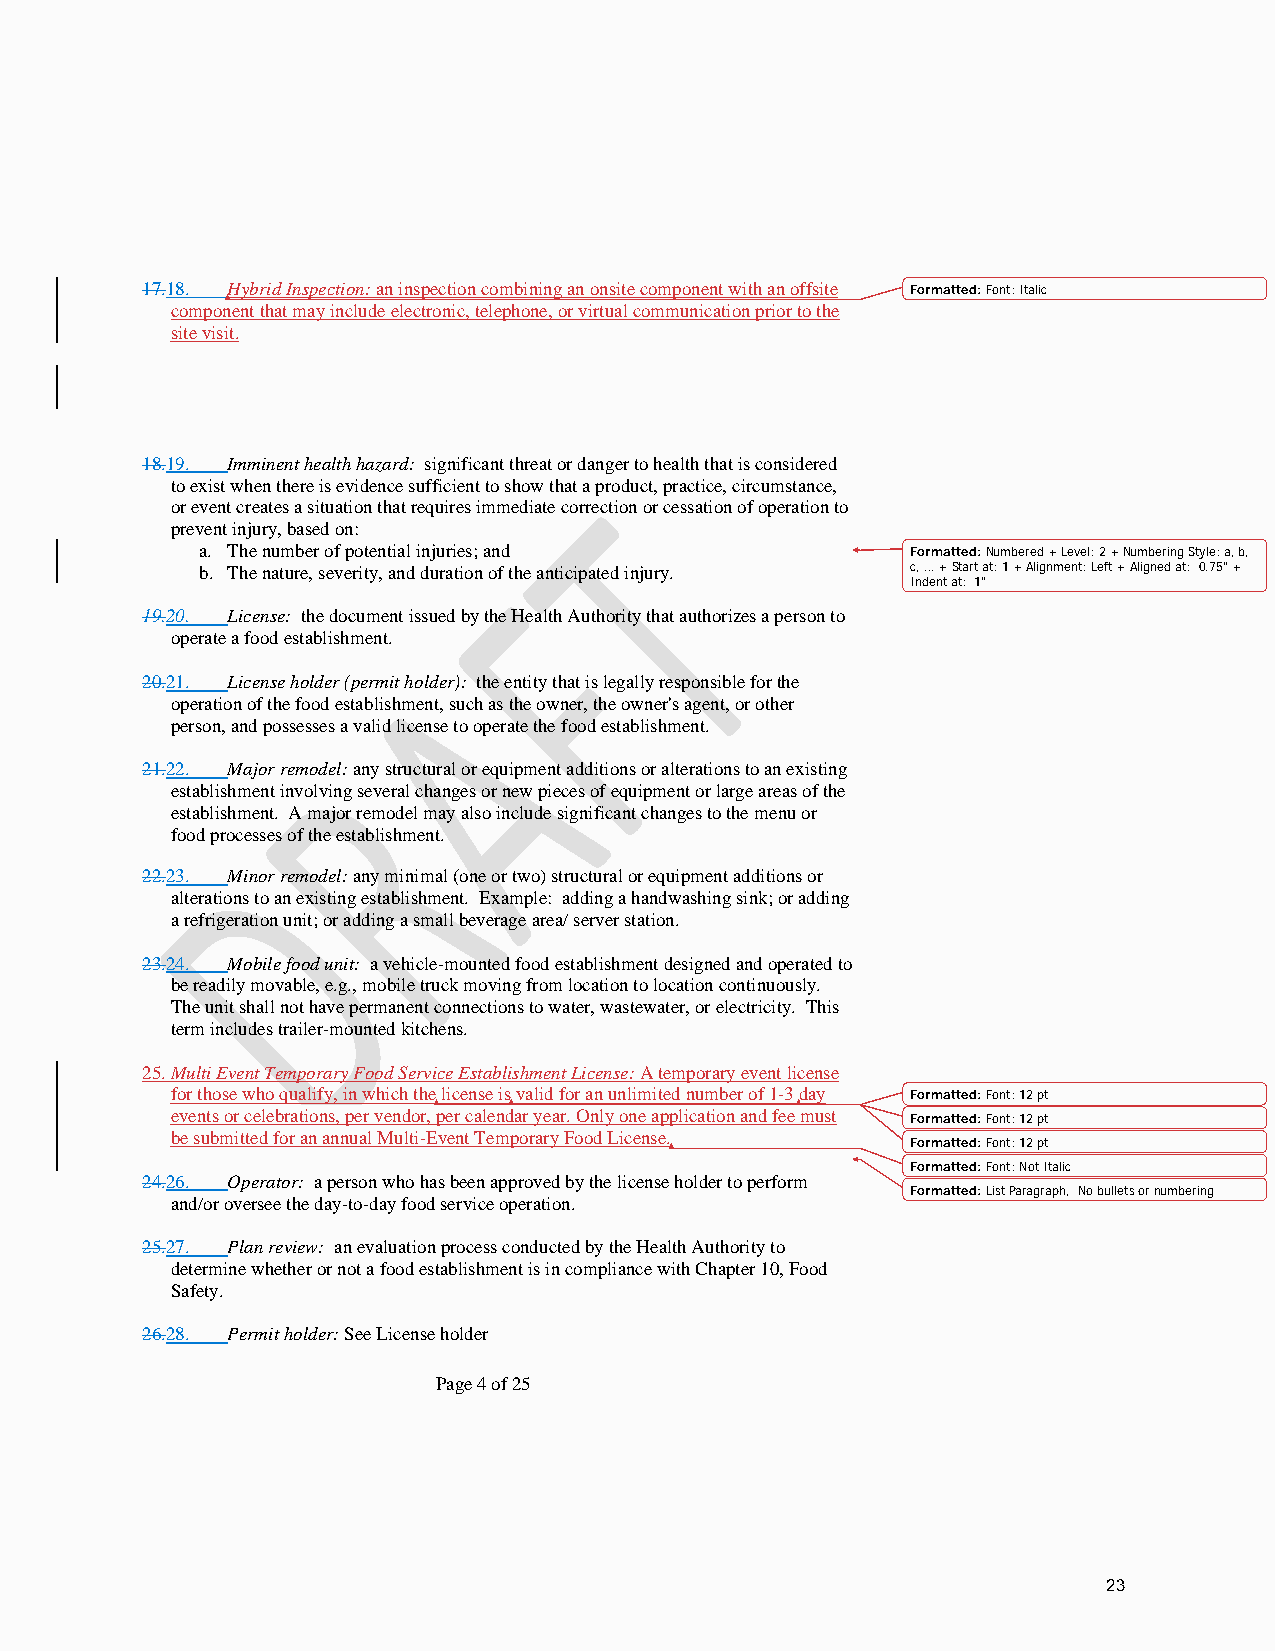
17.18. Hybrid Inspection: an inspection combining an onsite component with an offsite Formatted: Font: Italic
 component that may include electronic, telephone, or virtual communication prior to the
 site visit.
 18.19. Imminent health hazard: significant threat or danger to health that is considered
 to exist when there is evidence sufficient to show that a product, practice, circumstance,
 or event creates a situation that requires immediate correction or cessation of operation to
 prevent injury, based on:
 a. The number of potential injuries; and       Formatted: Numbered + Level: 2 + Numbering Style: a, b,
 b. The nature, severity, and duration of the anticipated injury. c, … + Start at: 1 + Alignment: Left + Aligned at: 0.75" +
 Indent at: 1"
 19.20. License: the document issued by the Health Authority that authorizes a person to
 operate a food establishment.
 20.21. License holder (permit holder): the entity that is legally responsible for the
 operation of the food establishment, such as the owner, the owner's agent, or other
 person, and possesses a valid license to operate the food establishment.
 21.22. Major remodel: any structural or equipment additions or alterations to an existing
 establishment involving several changes or new pieces of equipment or large areas of the
 establishment. A major remodel may also include significant changes to the menu or
 food processes of the establishment.
 22.23. Minor remodel: any minimal (one or two) structural or equipment additions or
 alterations to an existing establishment. Example: adding a handwashing sink; or adding
 a refrigeration unit; or adding a small beverage area/ server station.
 23.24. Mobile food unit: a vehicle-mounted food establishment designed and operated to
 be readily movable, e.g., mobile truck moving from location to location continuously.
 The unit shall not have permanent connections to water, wastewater, or electricity. This
 term includes trailer-mounted kitchens.
 25. Multi Event Temporary Food Service Establishment License: A temporary event license
 for those who qualify, in which the license is valid for an unlimited number of 1-3 day Formatted: Font: 12 pt
 events or celebrations, per vendor, per calendar year. Only one application and fee must
 Formatted: Font: 12 pt
 be submitted for an annual Multi-Event Temporary Food License.
 Formatted: Font: 12 pt
 Formatted: Font: Not Italic
 24.26. Operator: a person who has been approved by the license holder to perform
 Formatted: List Paragraph, No bullets or numbering
 and/or oversee the day-to-day food service operation.
 25.27. Plan review: an evaluation process conducted by the Health Authority to
 determine whether or not a food establishment is in compliance with Chapter 10, Food
 Safety.
 26.28. Permit holder: See License holder
 Page 4 of 25
 23